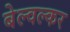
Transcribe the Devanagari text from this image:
बेल्वल्कर